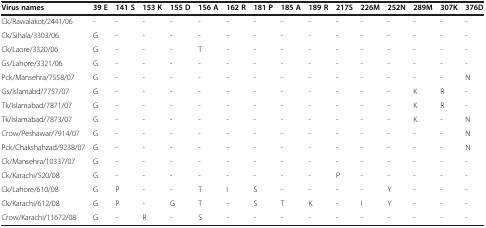
<table><thead><tr><td><b>Virus names</b></td><td><b>39 E</b></td><td><b>141 S</b></td><td><b>153 K</b></td><td><b>155 D</b></td><td><b>156 A</b></td><td><b>162 R</b></td><td><b>181 P</b></td><td><b>185 A</b></td><td><b>189 R</b></td><td><b>217S</b></td><td><b>226M</b></td><td><b>252N</b></td><td><b>289M</b></td><td><b>307K</b></td><td><b>376D</b></td></tr></thead><tbody><tr><td>Ck/Rawalakot/2441/06</td><td>-</td><td>-</td><td>-</td><td>-</td><td>-</td><td>-</td><td>-</td><td>-</td><td>-</td><td>-</td><td>-</td><td>-</td><td>-</td><td>-</td><td>-</td></tr><tr><td>Ck/Sihala/3303/06</td><td>G</td><td>-</td><td>-</td><td>-</td><td>-</td><td>-</td><td>-</td><td>-</td><td>-</td><td>-</td><td>-</td><td>-</td><td>-</td><td>-</td><td>-</td></tr><tr><td>Ck/Laore/3320/06</td><td>G</td><td>-</td><td>-</td><td>-</td><td>T</td><td>-</td><td>-</td><td>-</td><td>-</td><td>-</td><td>-</td><td>-</td><td>-</td><td>-</td><td>-</td></tr><tr><td>Gs/Lahore/3321/06</td><td>G</td><td>-</td><td>-</td><td>-</td><td>-</td><td>-</td><td>-</td><td>-</td><td>-</td><td>-</td><td>-</td><td>-</td><td>-</td><td>-</td><td>-</td></tr><tr><td>Pck/Mansehra/7558/07</td><td>G</td><td>-</td><td>-</td><td>-</td><td>-</td><td>-</td><td>-</td><td>-</td><td>-</td><td>-</td><td>-</td><td>-</td><td>-</td><td>-</td><td>N</td></tr><tr><td>Gs/Islamabd/7757/07</td><td>G</td><td>-</td><td>-</td><td>-</td><td>-</td><td>-</td><td>-</td><td>-</td><td>-</td><td>-</td><td>-</td><td>-</td><td>K</td><td>R</td><td>-</td></tr><tr><td>Tk/Islamabad/7871/07</td><td>G</td><td>-</td><td>-</td><td>-</td><td>-</td><td>-</td><td>-</td><td>-</td><td>-</td><td>-</td><td>-</td><td>-</td><td>K</td><td>R</td><td>-</td></tr><tr><td>Tk/Islamabad/7873/07</td><td>G</td><td>-</td><td>-</td><td>-</td><td>-</td><td>-</td><td>-</td><td>-</td><td>-</td><td>-</td><td>-</td><td>-</td><td>K</td><td>-</td><td>N</td></tr><tr><td>Crow/Peshawar/7914/07</td><td>G</td><td>-</td><td>-</td><td>-</td><td>-</td><td>-</td><td>-</td><td>-</td><td>-</td><td>-</td><td>-</td><td>-</td><td>-</td><td>-</td><td>N</td></tr><tr><td>Pck/Chakshahzad/9238/07</td><td>G</td><td>-</td><td>-</td><td>-</td><td>-</td><td>-</td><td>-</td><td>-</td><td>-</td><td>-</td><td>-</td><td>-</td><td>-</td><td>-</td><td>N</td></tr><tr><td>Ck/Mansehra/10337/07</td><td>G</td><td>-</td><td>-</td><td>-</td><td>-</td><td>-</td><td>-</td><td>-</td><td>-</td><td>-</td><td>-</td><td>-</td><td>-</td><td>-</td><td>-</td></tr><tr><td>Ck/Karachi/520/08</td><td>G</td><td>-</td><td>-</td><td>-</td><td>-</td><td>-</td><td>-</td><td>-</td><td>-</td><td>P</td><td>-</td><td>-</td><td>-</td><td>-</td><td>-</td></tr><tr><td>Ck/Lahore/610/08</td><td>G</td><td>P</td><td>-</td><td>-</td><td>T</td><td>I</td><td>S</td><td>-</td><td>-</td><td>-</td><td>-</td><td>Y</td><td>-</td><td>-</td><td>-</td></tr><tr><td>Ck/Karachi/612/08</td><td>G</td><td>P</td><td>-</td><td>G</td><td>T</td><td>-</td><td>S</td><td>T</td><td>K</td><td>-</td><td>I</td><td>Y</td><td>-</td><td>-</td><td>-</td></tr><tr><td>Crow/Karachi/11672/08</td><td>G</td><td>-</td><td>R</td><td>-</td><td>S</td><td>-</td><td>-</td><td>-</td><td>-</td><td>-</td><td>-</td><td>-</td><td>-</td><td>-</td><td>-</td></tr></tbody></table>